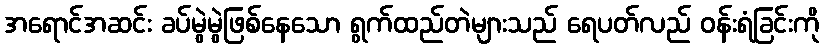
အရောင်အဆင်း ခပ်မွဲမွဲဖြစ်နေသော ရွက်ထည်တဲများသည် ရေပတ်လည် ဝန်းရံခြင်းကို